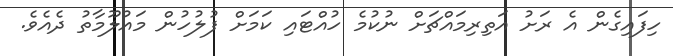
ހިފައިގެން އެ ރަށު އަތިރިމައްޗަށް ނުކުމެ ހުއްޓައި ކަމަށް ފުލުހުން މައުލޫމާތު ދެއެވެ.